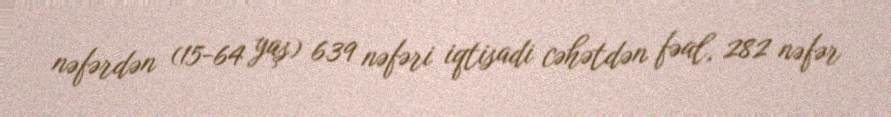
nəfərdən (15-64 yaş) 639 nəfəri iqtisadi cəhətdən fəal, 282 nəfər